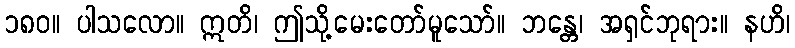
၁၈၀။ ပါသလော။ ဣတိ၊ ဤသို့မေးတော်မူသော်။ ဘန္တေ၊ အရှင်ဘုရား။ နဟိ၊